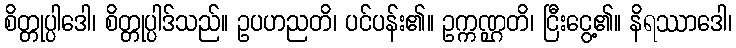
စိတ္တုပ္ပါဒေါ၊ စိတ္တုပ္ပါဒ်သည်။ ဥပဟညတိ၊ ပင်ပန်း၏။ ဥက္ကဏ္ဌတိ၊ ငြီးငွေ့၏။ နိရဿာဒေါ၊